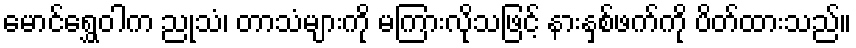
မောင်ရွှေဝါက ညုသံ၊ တာသံများကို မကြားလိုသဖြင့် နားနှစ်ဖက်ကို ပိတ်ထားသည်။